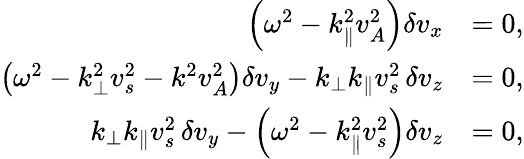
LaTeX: \begin{array}{rl}{\left(\omega^{2}-k_{\parallel}^{2}v_{A}^{2}\right)\delta v_{x}}&{=0,}\\ {\left(\omega^{2}-k_{\perp}^{2}v_{s}^{2}-k^{2}v_{A}^{2}\right)\delta v_{y}-k_{\perp}k_{\parallel}v_{s}^{2}\, \delta v_{z}}&{=0,}\\ {k_{\perp}k_{\parallel}v_{s}^{2}\, \delta v_{y}-\left(\omega^{2}-k_{\parallel}^{2}v_{s}^{2}\right)\delta v_{z}}&{=0,}\end{array}